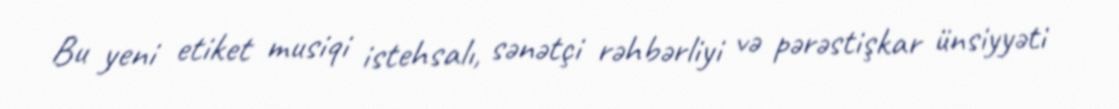
Bu yeni etiket musiqi istehsalı, sənətçi rəhbərliyi və pərəstişkar ünsiyyəti